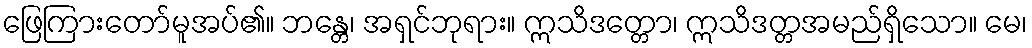
ဖြေကြားတော်မူအပ်၏။ ဘန္တေ၊ အရှင်ဘုရား။ ဣသိဒတ္တော၊ ဣသိဒတ္တအမည်ရှိသော။ မေ၊